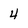
Character: 4